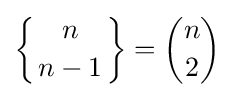
\left\{{n \atop n-1}\right\}={\binom {n}{2}}